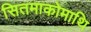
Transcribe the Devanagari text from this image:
सितमाकोमाथि